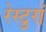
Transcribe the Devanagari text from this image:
रेस्टुरां